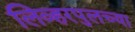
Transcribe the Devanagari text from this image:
लिव्हरपुलच्या